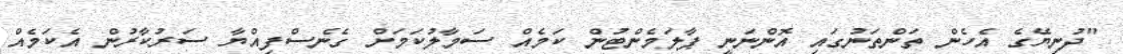
"ދުނިޔޭގެ އެހެން ތަންތަނުގައި އޮންނަނީ ޕާލަމެންޓުން ކަމެއް ސަމާލުކަމަށް ގެނެސްފިއްޔާ ސަރުކާރުން އެކަމެއް